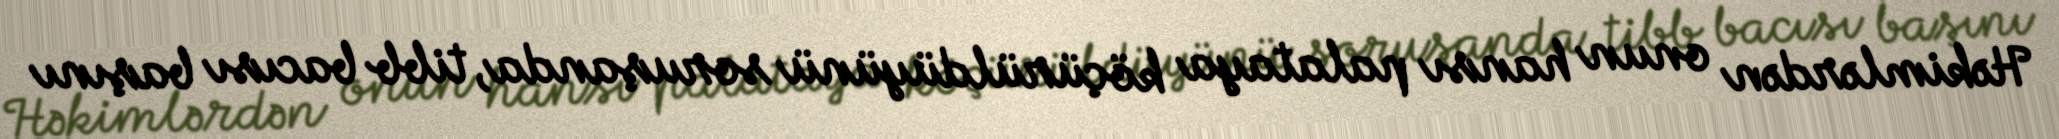
Həkimlərdən onun hansı palataya köçürüldüyünü soruşanda, tibb bacısı başını